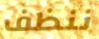
ننظف